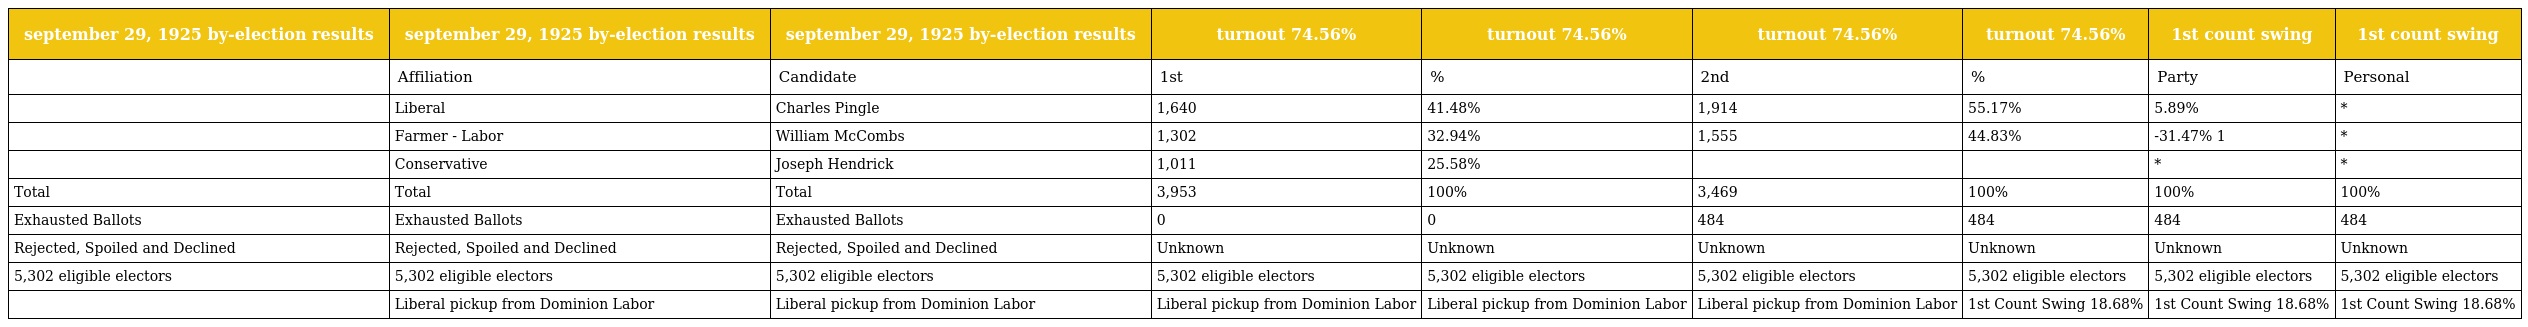
| september 29, 1925 by-election results | september 29, 1925 by-election results | september 29, 1925 by-election results | turnout 74.56% | turnout 74.56% | turnout 74.56% | turnout 74.56% | 1st count swing | 1st count swing |
 | --- | --- | --- | --- | --- | --- | --- | --- | --- |
 |  | Affiliation | Candidate | 1st | % | 2nd | % | Party | Personal |
 |  | Liberal | Charles Pingle | 1,640 | 41.48% | 1,914 | 55.17% | 5.89% | * |
 |  | Farmer - Labor | William McCombs | 1,302 | 32.94% | 1,555 | 44.83% | -31.47% 1 | * |
 |  | Conservative | Joseph Hendrick | 1,011 | 25.58% |  |  | * | * |
 | Total | Total | Total | 3,953 | 100% | 3,469 | 100% | 100% | 100% |
 | Exhausted Ballots | Exhausted Ballots | Exhausted Ballots | 0 | 0 | 484 | 484 | 484 | 484 |
 | Rejected, Spoiled and Declined | Rejected, Spoiled and Declined | Rejected, Spoiled and Declined | Unknown | Unknown | Unknown | Unknown | Unknown | Unknown |
 | 5,302 eligible electors | 5,302 eligible electors | 5,302 eligible electors | 5,302 eligible electors | 5,302 eligible electors | 5,302 eligible electors | 5,302 eligible electors | 5,302 eligible electors | 5,302 eligible electors |
 |  | Liberal pickup from Dominion Labor | Liberal pickup from Dominion Labor | Liberal pickup from Dominion Labor | Liberal pickup from Dominion Labor | Liberal pickup from Dominion Labor | 1st Count Swing 18.68% | 1st Count Swing 18.68% | 1st Count Swing 18.68% |